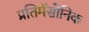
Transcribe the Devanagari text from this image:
प्रतिमॅसोनिक